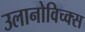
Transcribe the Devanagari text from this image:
उलानोविच्क्स